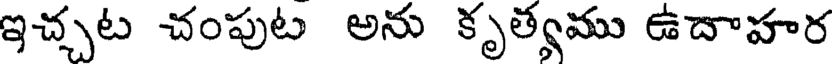
ఇచ్చట చంపుట అను కృత్యము ఉదాహర